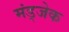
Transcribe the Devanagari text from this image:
मंड्जेक